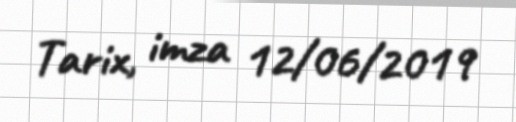
Tarix, imza 12/06/2019